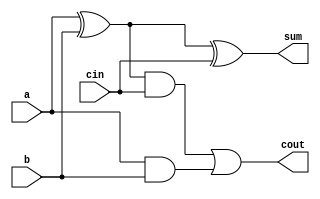
`timescale 1ns / 1ps
module fulladder(sum, cout, a, b, cin);

	input a, b, cin;
	output sum, cout;
	assign sum = a^b^cin;
	assign cout = ((a^b)&cin) | (a&b);
	
endmodule